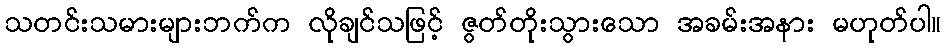
သတင်းသမားများဘက်က လိုချင်သဖြင့် ဇွတ်တိုးသွားသော အခမ်းအနား မဟုတ်ပါ။